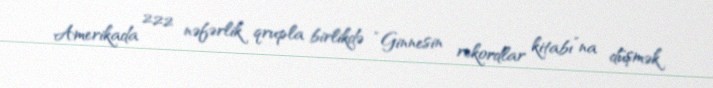
Amerikada 222 nəfərlik qrupla birlikdə “Ginnesin rekordlar kitabı”na düşmək